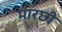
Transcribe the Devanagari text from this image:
मारछी